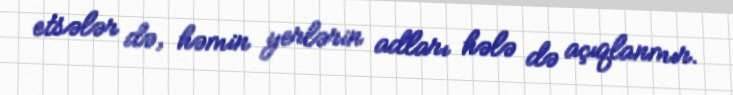
etsələr də, həmin yerlərin adları hələ də açıqlanmır.